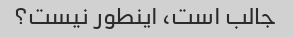
جالب است، اینطور نیست؟